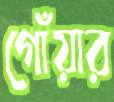
গোঁয়ার